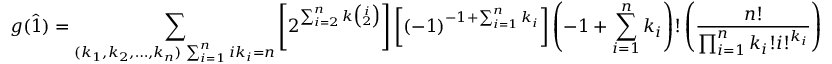
g ( \widehat { 1 } ) = \sum _ { \substack { ( k _ { 1 } , k _ { 2 } , \dots , k _ { n } ) \, \sum _ { i = 1 } ^ { n } i k _ { i } = n } } \left[ 2 ^ { \sum _ { i = 2 } ^ { n } k \binom { i } { 2 } } \right] \left[ ( - 1 ) ^ { - 1 + \sum _ { i = 1 } ^ { n } k _ { i } } \right] \left( - 1 + \sum _ { i = 1 } ^ { n } k _ { i } \right) ! \left( \frac { n ! } { \prod _ { i = 1 } ^ { n } k _ { i } ! i ! ^ { k _ { i } } } \right)